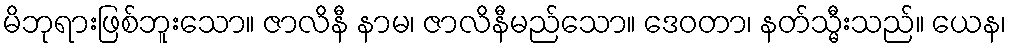
မိဘုရားဖြစ်ဘူးသော။ ဇာလိနီ နာမ၊ ဇာလိနီမည်သော။ ဒေဝတာ၊ နတ်သ္မီးသည်။ ယေန၊